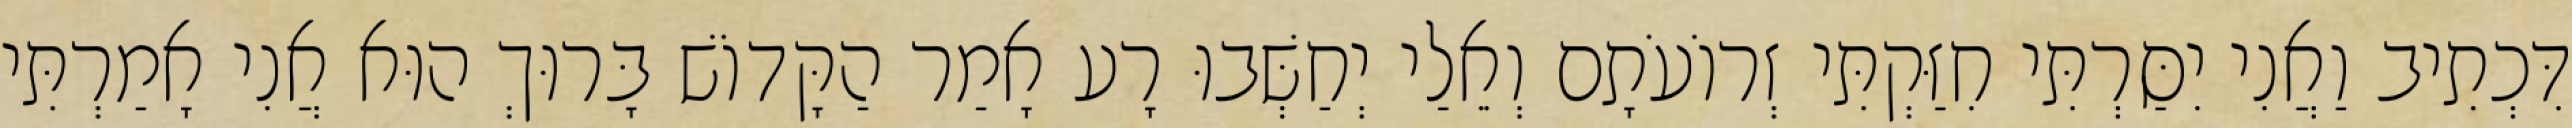
דִּכְתִיב וַאֲנִי יִסַּרְתִּי חִזַּקְתִּי זְרוֹעֹתָם וְאֵלַי יְחַשְּׁבוּ רָע אָמַר הַקָּדוֹשׁ בָּרוּךְ הוּא אֲנִי אָמַרְתִּי